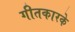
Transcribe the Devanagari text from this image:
गीतकारके